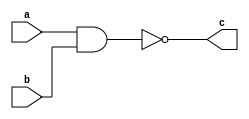
module complex_logic_gate (
  input wire a,
  input wire b,
  output wire c
);

  assign c = ~(a & b);

endmodule